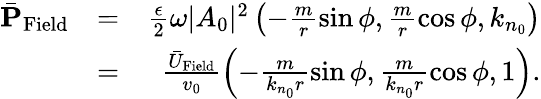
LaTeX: \begin{array}{rlr}{\bar{\mathbf P}_{\mathrm{Field}}}&{=}&{\frac{\epsilon}{2}\omega|A_{0}|^{2}\left(-\frac{m}{r}\sin\phi,\frac{m}{r}\cos\phi,k_{n_{0}}\right)}\\ &{=}&{\frac{\bar{U}_{\mathrm{Field}}}{v_{0}}\left(-\frac{m}{k_{n_{0}}r}\sin\phi,\frac{m}{k_{n_{0}}r}\cos\phi,1\right).}\end{array}